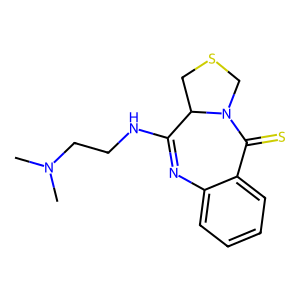
SMILES: CN(C)CCNC1=Nc2ccccc2C(=S)N2CSCC12
Inhibits HIV replication: No